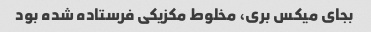
بجای میکس بری، مخلوط مکزیکی فرستاده شده بود